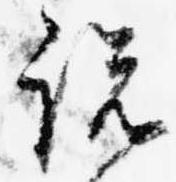
説